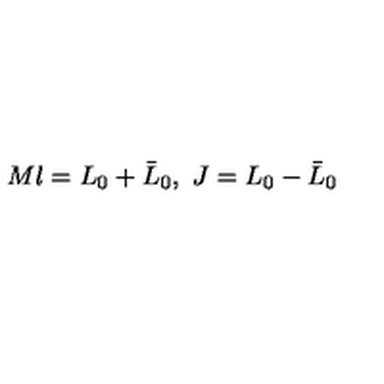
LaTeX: M l = L _ { 0 } + \bar { L } _ { 0 } , \ J = L _ { 0 } - \bar { L } _ { 0 }